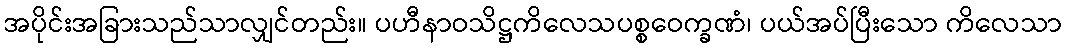
အပိုင်းအခြားသည်သာလျှင်တည်း။ ပဟီနာဝသိဋ္ဌကိလေသပစ္စဝေက္ခဏံ၊ ပယ်အပ်ပြီးသော ကိလေသာ